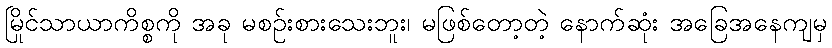
မြိုင်သာယာကိစ္စကို အခု မစဉ်းစားသေးဘူး၊ မဖြစ်တော့တဲ့ နောက်ဆုံး အခြေအနေကျမှ